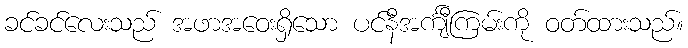
ခင်ခင်လေးသည် အဖာအဝေးရှိသော ပင်နီအင်္ကျီကြမ်းကို ဝတ်ထားသည်။